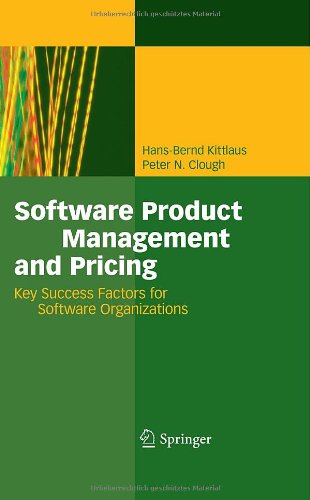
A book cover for Software Product Management and Pricing: Key Success Factors for Software Organizations; Hans-Bernd Kittlaus; Business & Money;